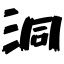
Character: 洞